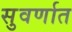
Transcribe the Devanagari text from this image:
सुवर्णात